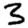
Digit: 3